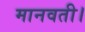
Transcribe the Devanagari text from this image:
मानवती।